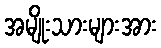
အမျိုးသားများအား